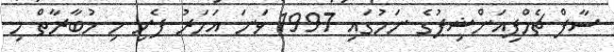
ސާފް ޗެމްޕިއަންޝިޕުގެ ނަމުގައި 1997 ވަނަ އަހަރު ފެށި މި މުބާރާތް މި